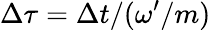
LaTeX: \Delta\tau=\Delta t/(\omega^{\prime}/m)